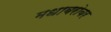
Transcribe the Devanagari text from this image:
मधाबरोबर